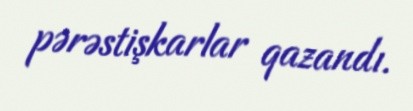
pərəstişkarlar qazandı.